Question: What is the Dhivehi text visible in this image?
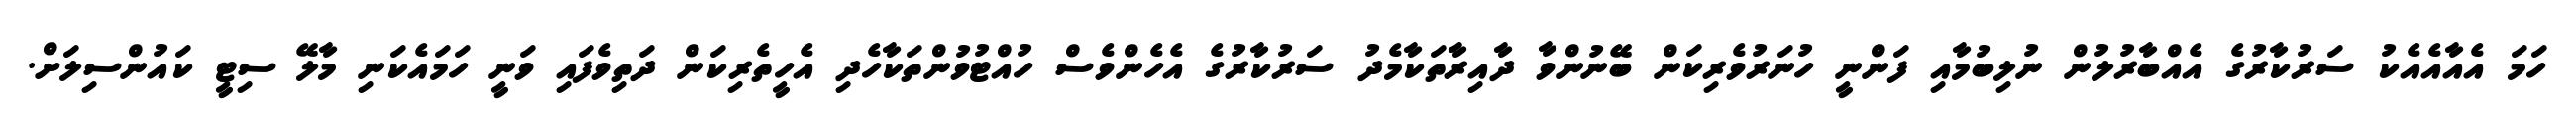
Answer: ހަމަ އެއާއެއެކު ސަރުކާރުގެ އެއްބާރުލުން ނުލިބުމާއި ފަންނީ ހުނަރުވެރިކަން ބޭނުންވާ ދާއިރާތަކާމެދު ސަރުކާރުގެ އެހެންވެސް ހުއްޓުވުންތަކާހެދި އެހީތެރިކަން ދަތިވެފައި ވަނީ ހަމައެކަނި މާލޭ ސިޓީ ކައުންސިލަށް.